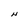
Character: N